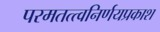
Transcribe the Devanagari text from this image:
परमतत्त्वनिर्णयप्रकाश